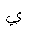
Letter: _ya